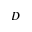
D